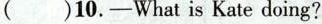
( )10.-What is Kate doing?